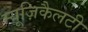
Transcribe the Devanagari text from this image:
म्यूज़िकैलटी